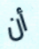
أن